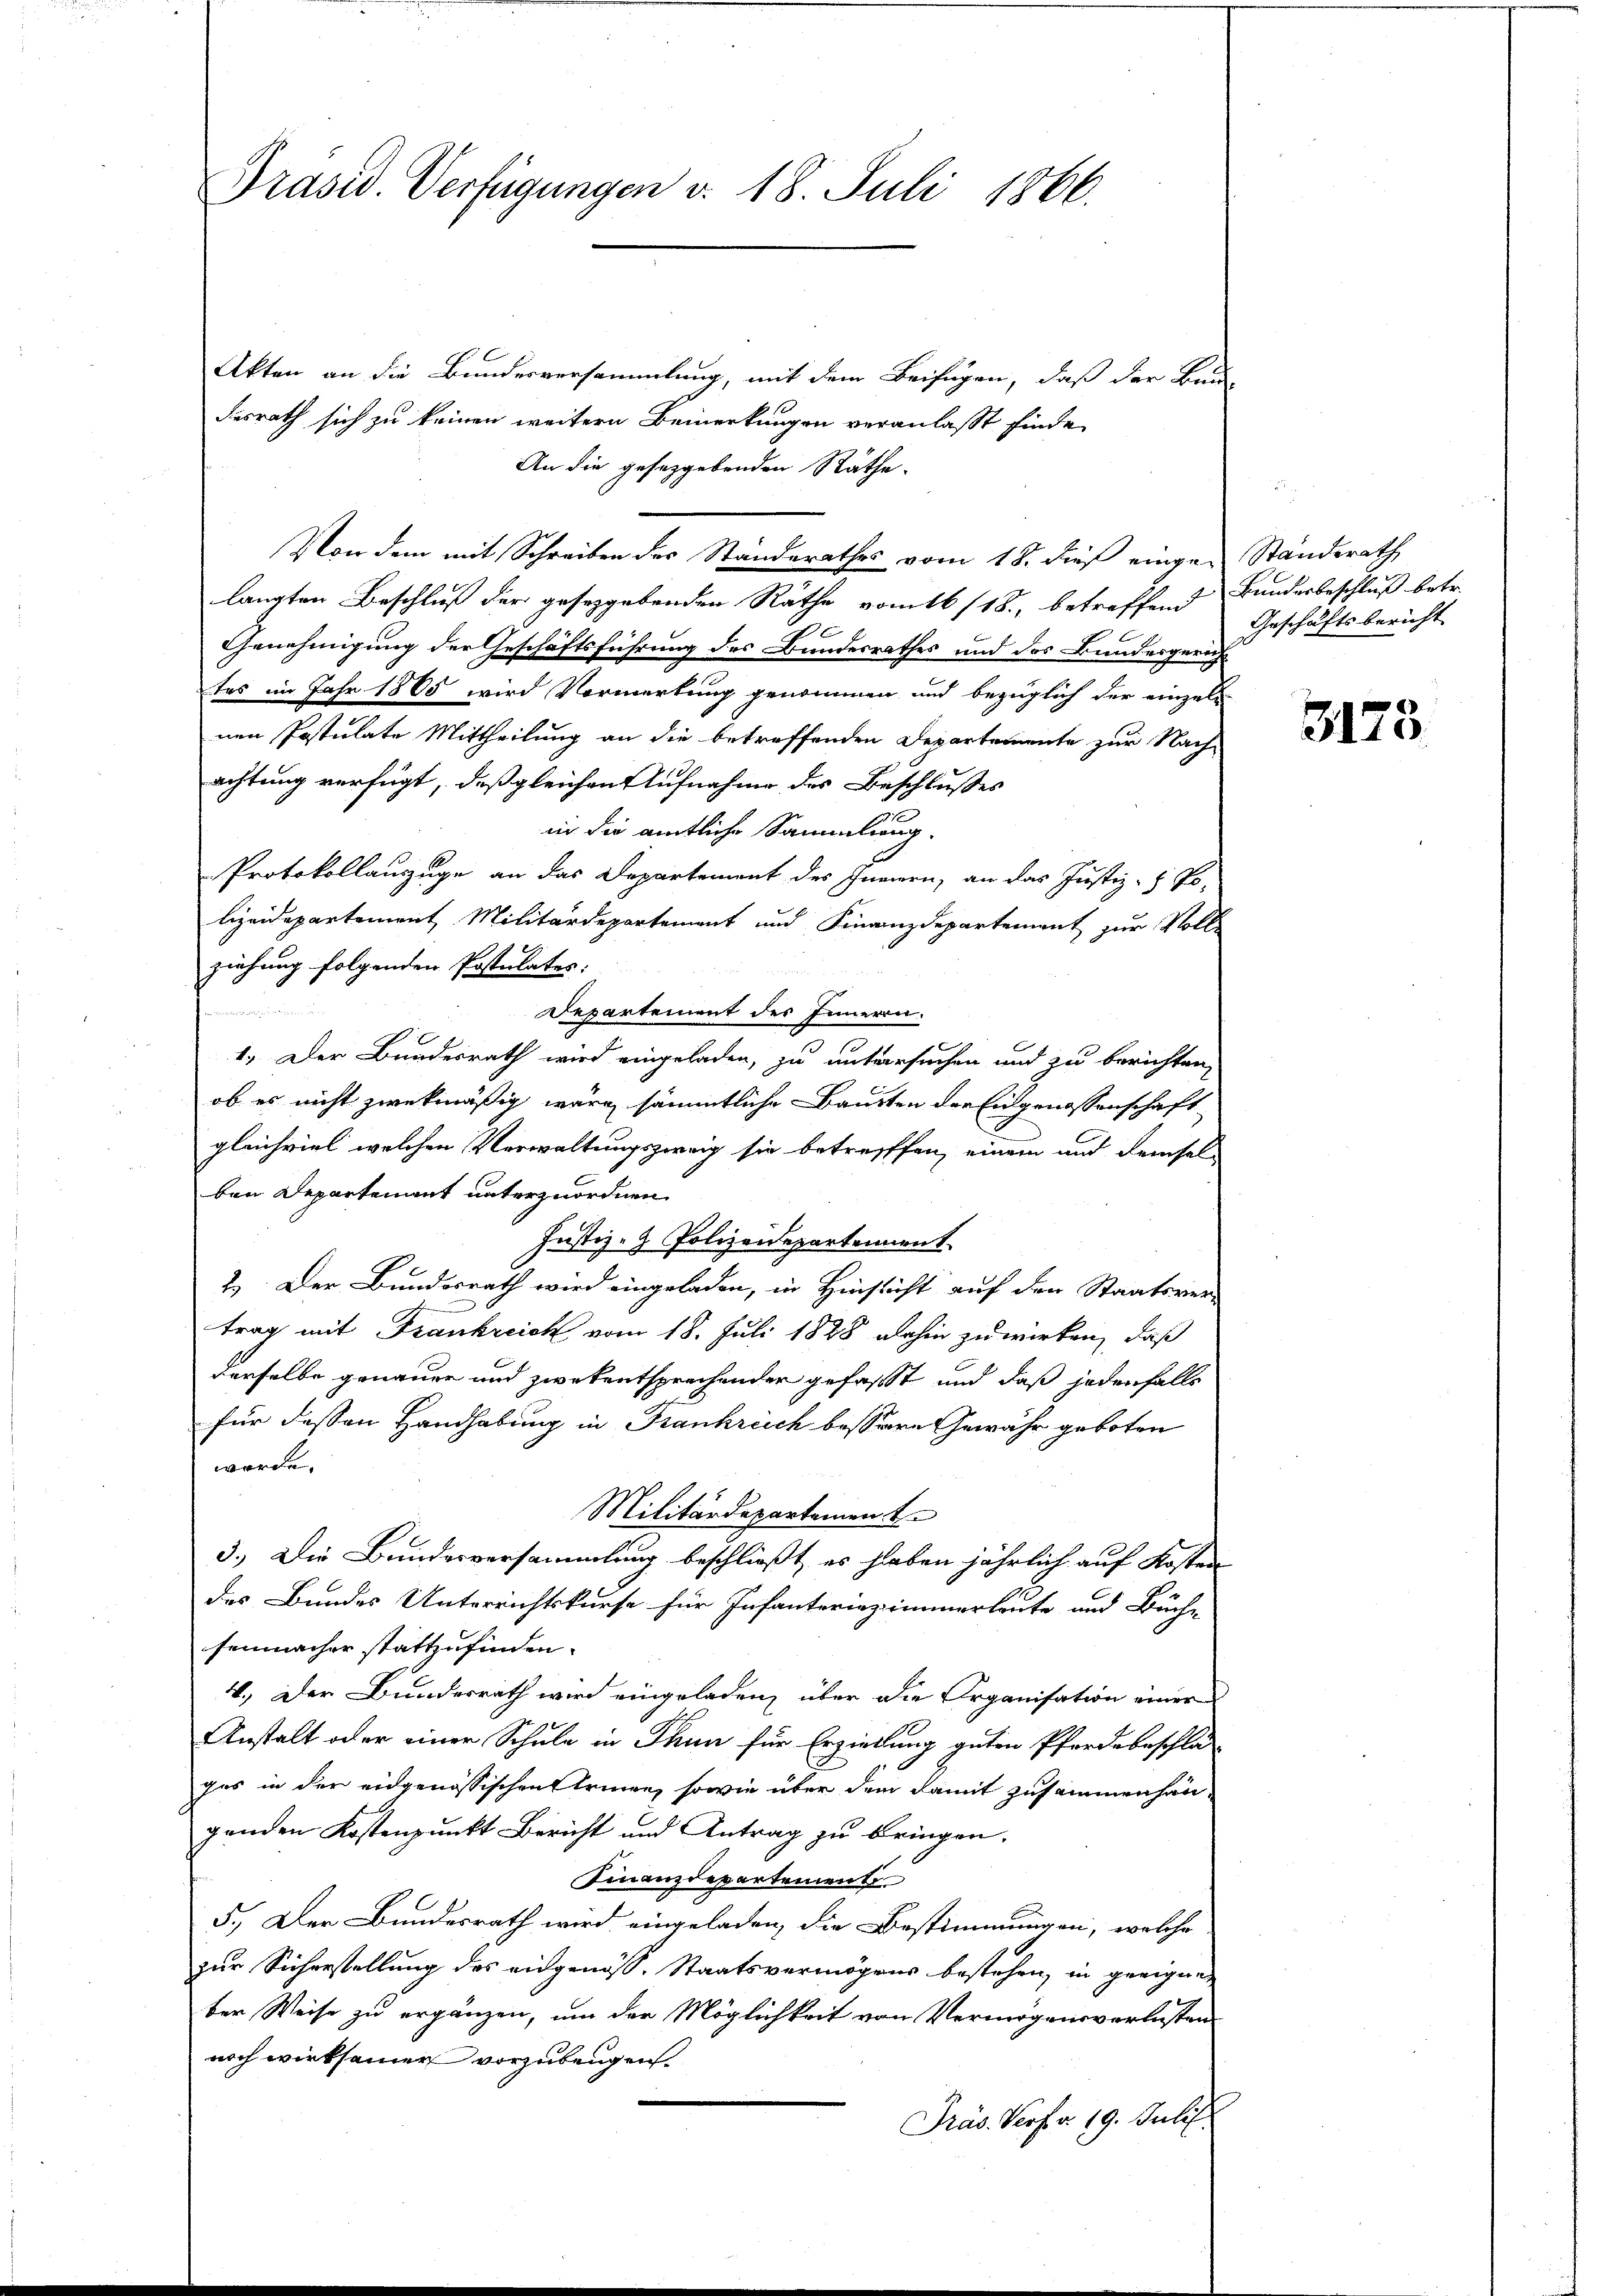
Präsid. Verfügungen v. 18. Juli 1866.

Akten an die Bundesversammlung, mit dem Beifügen, daß der Bund
desrath sich zu keinen weitern Bemerkungen veranlaßt finde
An die geseggebenden Räthe.
Von dem mit Schreiben des Standerathes vom 18. dieß einge-Standerath
langten Beschluß der gesetzgebenden Räthe vom 16/18., betreffend Bundesbeschluß betr.
Genehmigung der Geschäftsführung des Bundesrathes und des Bundesgerichtas im Jahr 1865 wird Vormerkung genommen und bezüglich der einzeln-
nen Postulate Mittheilung an die betreffenden Departemente zur Nach-
achtung verfügt, daß gleichen Aufnahme des Beschlusses
in die amtliche Sammlung.
Protokollauszuge an das Departement des Innern, an das Justiz- & Polizeidepartement Militärdepartement und Finanzdepartement zur Volle
ziehung folgenden Postulates:

Departement des Inneren.
1. Der Bundesrath wird eingeladen, zu untersuchen und zu berichten,
ob es nicht zwekmäßig wäre sämmtliche Bauten der Eidgenossenschaft
gleichviel welchen Verwaltungszweig sie betreffen, einem und demselben Departement unterzuordnen.
Justiz- & Polizeidepartement
2.) Der Bundesrath wird eingeladen, in Hinsicht auf den Staatsver-
trag mit Frankreich vom 18. Juli 1828 dahin zu wirken, daß
derselbe genauer und zwekentsprechender gefasst und daß jedenfalls
für dessen Handhabung in Frankreich bessere Gewähr geboten
worde.
Militärdepartement
3.) Die Bundesversammlung beschließt, es haben jährlich auf Kosten
des Bundes Unterrichtskurse für Infanteriezimmerleute und Bäche
senmacher stattzufinden.
4.) Der Bundesrath wird eingeladen, über die Organisation einer
Anstalt oder einer Schule in Thun für Erziehung guten Pferdebeschlag
ges in der eidgenössischen Armen, sowie über dem damit zusammenhän-
genden Kostenpunkt Bericht und Antrag zu bringen.
Finanzdepartement
5.) Der Bundesrath wird eingeladen, die Bestimmungen, welche
zur Sicherstellung des eidgenöss. Staatsvermögens bestehen, in geeignet
ber Weise zu ergänzen, um der Möglichkeit von Vermögensverlasten
noch wirksamer vorzubeugen.
Präs. Verfr. 19. Juli

Geschäftsbericht

3173.